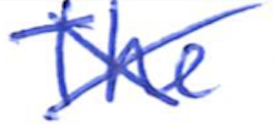
Text: The
Cross-out: mix
Writing tool: ballpoint